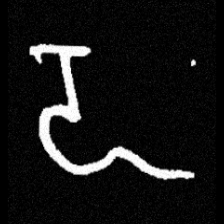
Pyu character \u2014 Myanmar letter: ဍ (romanized: dda)